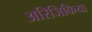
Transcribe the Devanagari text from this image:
अरिजिकिया